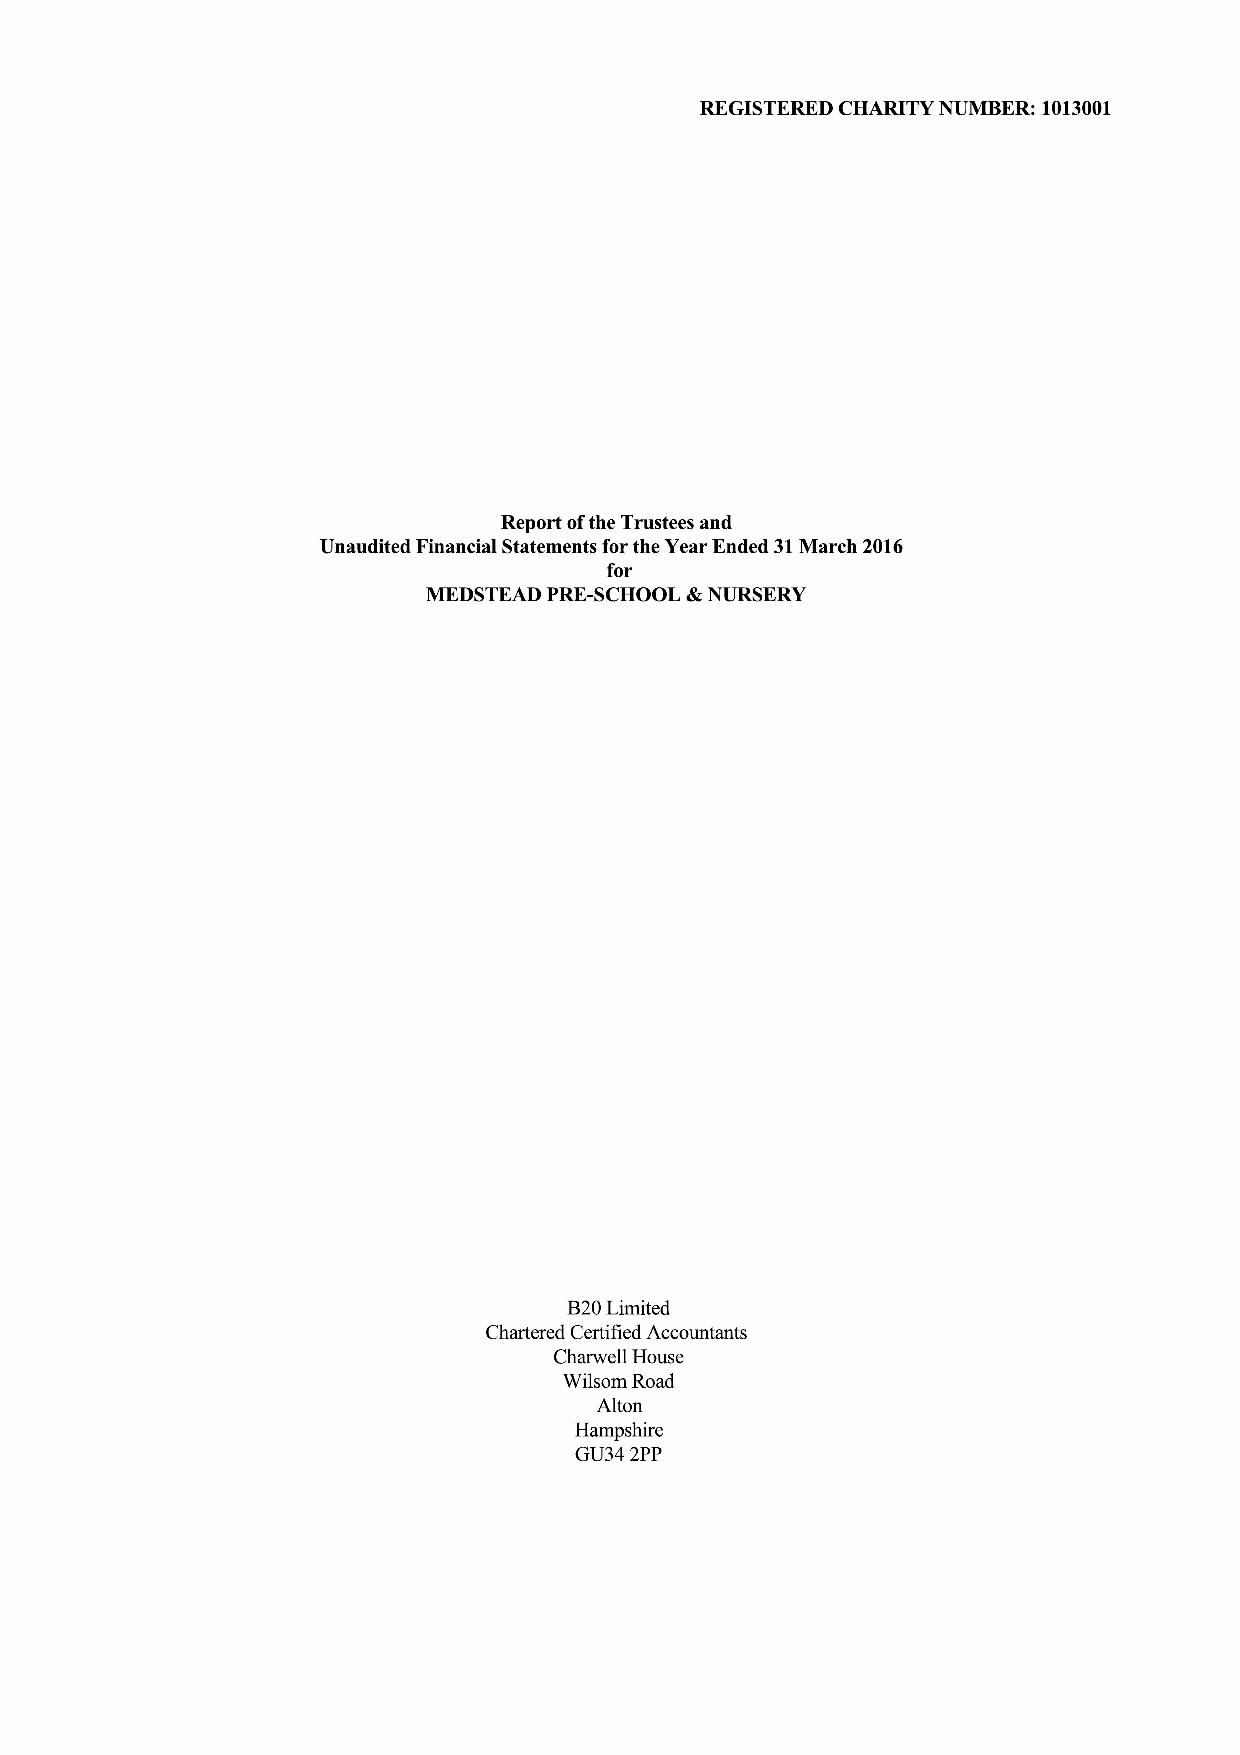
REGISTERED CHARITY NUMBER: 1013001
 Report ofthe Trustees and
 Unaudited Financial Statements for the Year Ended 31March 2016
 for
 4
 MEDSTEAD PRE-SCHOOL NURSERY
 B20Limited
 Chartered Certified Accountants
 Charwell House
 Wilsom Road
 Alton
 Hampshire
 GU34 2PP